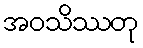
အဝသိဿတု